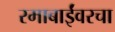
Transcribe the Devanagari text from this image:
रमाबाईंवरचा